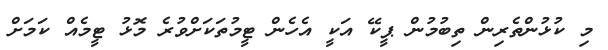
މި ކުޅުންތެރިން ތިބުމުން ޕީކޭ އަކީ އެހެން ޓީމުތަކަށްވުރެ މޮޅު ޓީމެއް ކަމަށް